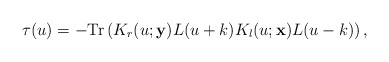
\begin{align*}\tau (u)=-{\rm Tr}\left ( K_r (u;{\bf y})L(u+k)K_l (u;{\bf x})L(u-k)\right ),\end{align*}